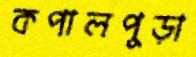
কপালপুড়া